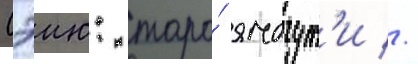
Сэию: таро́ ямагут'и //